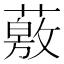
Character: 薂